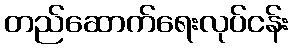
တည်ဆောက်ရေးလုပ်ငန်း